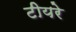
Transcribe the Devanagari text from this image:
टीयरे